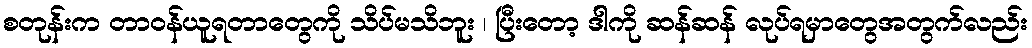
စတုန်းက တာဝန်ယူရတာတွေကို သိပ်မသိဘူး ၊ ပြီးတော့ ဒါကို ဆန်ဆန် လုပ်ရမှာတွေအတွက်လည်း